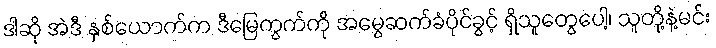
ဒါဆို အဲဒီ နှစ်ယောက်က ဒီမြေကွက်ကို အမွေဆက်ခံပိုင်ခွင့် ရှိသူတွေပေါ့၊ သူတို့နဲ့မင်း